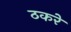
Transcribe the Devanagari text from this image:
ठकरे